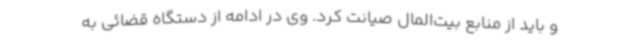
و باید از منابع بیت‌المال صیانت کرد. وی در ادامه از دستگاه قضائی به